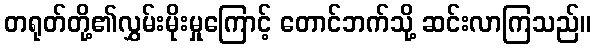
တရုတ်တို့၏လွှမ်းမိုးမှုကြောင့် တောင်ဘက်သို့ ဆင်းလာကြသည်။